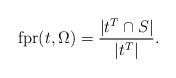
LaTeX: \begin{align*} \operatorname{fpr}(t,\Omega) = \frac{| t^T \cap S |}{| t^T |}.\end{align*}